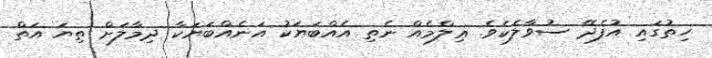
ހިތުގައި އުފެދޭ ސުވާލެކެވެ. ޢިލްމެއް ނެތި އެއްބަޔަކު އަނެއްބަޔަކާ ދިމާލަށް ތިޔަ އަތް